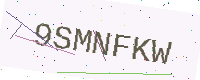
Text: 9SMNFKW